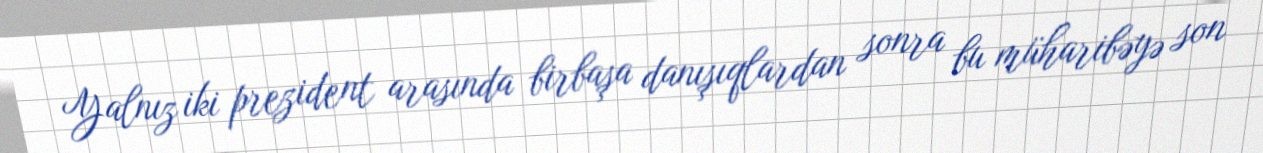
Yalnız iki prezident arasında birbaşa danışıqlardan sonra bu müharibəyə son